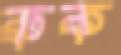
ব্রুক